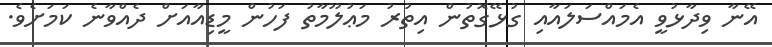
އޭނާ ވިދާޅުވީ އެމައްސަލައާއި ގުޅޭގޮތުން އިތުރު މަޢުލޫމާތު ފަހުން މީޑިއާއަށް ދެއްވާނެ ކަމަށެވެ.